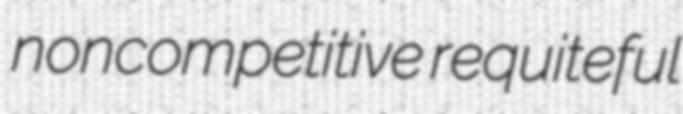
noncompetitive requiteful